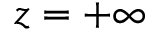
z = + \infty